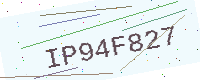
Text: IP94F827